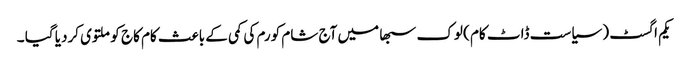
یکم اگسٹ ( سیاست ڈاٹ کام ) لوک سبھا میں آج شام کورم کی کمی کے باعث کام کاج کو ملتوی کردیا گیا ۔